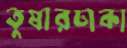
তুষারঢাকা